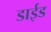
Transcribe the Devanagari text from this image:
डाईड